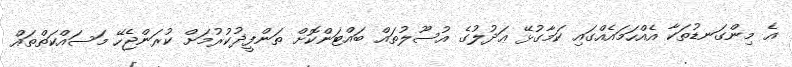
އެ މިންގަނޑުތަކާ އެއްހަމައެއްގައި ކަމާގުޅޭ ޢަދުލުގެ އުސޫލުތައް ބައްޓަންކޮށް ތަންފީޛުކުރުމަށް ކުރަންޖެހޭ މަސައްކަތްތައް